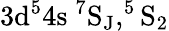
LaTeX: \mathrm{3d^{5}4s\ ^{7}S_{J},^{5}S_{2}}